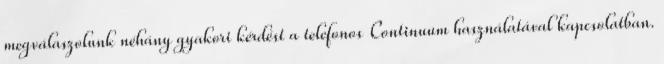
megválaszolunk néhány gyakori kérdést a telefonos Continuum használatával kapcsolatban.